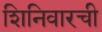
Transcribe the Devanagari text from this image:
शिनिवारची